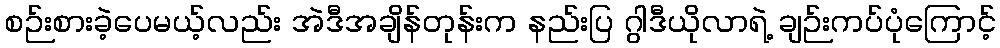
စဉ်းစားခဲ့ပေမယ့်လည်း အဲဒီအချိန်တုန်းက နည်းပြ ဂွါဒီယိုလာရဲ့ ချဉ်းကပ်ပုံကြောင့်